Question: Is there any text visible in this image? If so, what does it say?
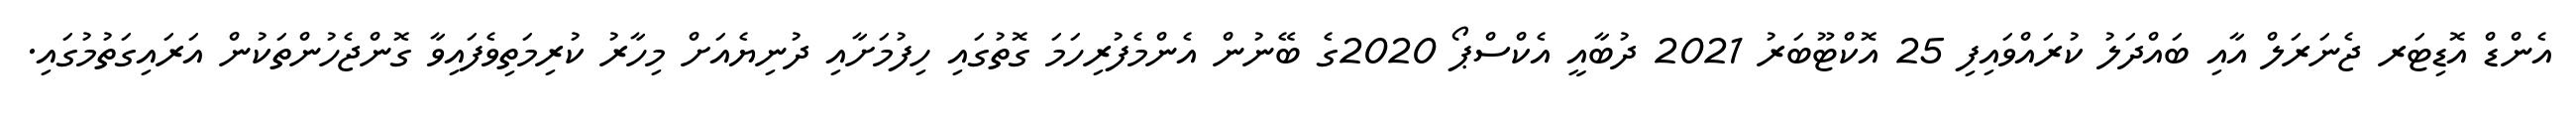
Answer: އެންޑް އޮޑިޓަރ ޖެނަރަލް އާއި ބައްދަލު ކުރައްވައިފި 25 އޮކްޓޫބަރު 2021 ދުބާއީ އެކްސްޕޯ 2020ގެ ބޭނުން އެންމެފުރިހަމަ ގޮތުގައި ހިފުމަށާއި ދުނިޔެއަށް މިހާރު ކުރިމަތިވެފައިވާ ގޮންޖެހުންތަކުން އަރައިގަތުމުގައި.